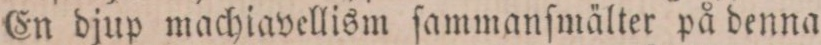
En djup machiavellism ſammanſmälter på denna